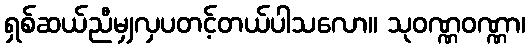
ရှစ်ဆယ်ညီမျှလှပတင့်တယ်ပါသလော။ သုဝဏ္ဏဝဏ္ဏာ၊